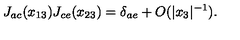
J _ { a c } ( x _ { 1 3 } ) J _ { c e } ( x _ { 2 3 } ) = \delta _ { a e } + O ( | x _ { 3 } | ^ { - 1 } ) .